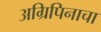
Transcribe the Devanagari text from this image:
अग्रिपिनाचा